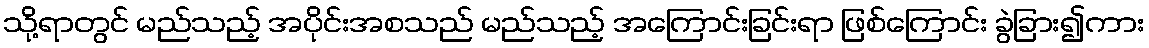
သို့ရာတွင် မည်သည့် အပိုင်းအစသည် မည်သည့် အကြောင်းခြင်းရာ ဖြစ်ကြောင်း ခွဲခြား၍ကား